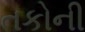
તકોની